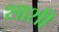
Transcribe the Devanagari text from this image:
शाशी